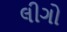
લીગો